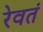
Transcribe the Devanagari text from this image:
रेवतं